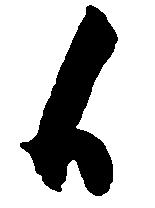
候